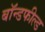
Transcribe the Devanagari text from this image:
बॉन्डफील्ड